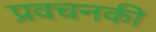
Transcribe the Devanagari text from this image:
प्रवचनकी